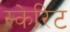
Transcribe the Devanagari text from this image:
स्केरिट